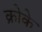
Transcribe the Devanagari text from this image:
क्रोके